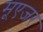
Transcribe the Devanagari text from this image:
मूएजर